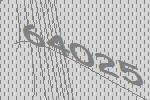
64025